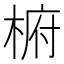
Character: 椨